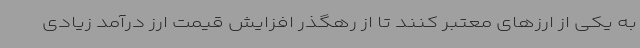
به یکی از ارزهای معتبر کنند تا از رهگذر افزایش قیمت ارز درآمد زیادی